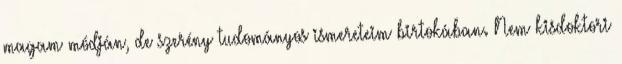
magam módján, de szerény tudományos ismereteim birtokában. Nem kisdoktori